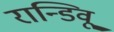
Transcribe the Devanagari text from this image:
रान्डिवू